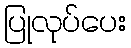
ပြုလုပ်ပေး